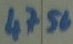
Text: 4756